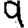
Digit: 9